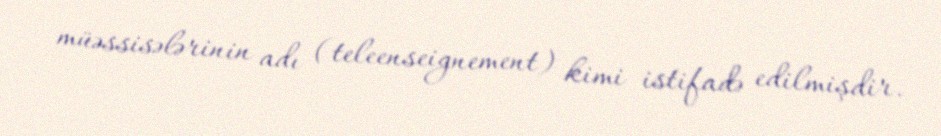
müəssisələrinin adı (teleenseignement) kimi istifadə edilmişdir.